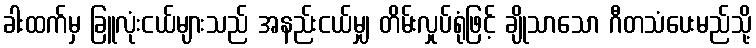
ခါးထက်မှ ခြူလုံးငယ်များသည် အနည်းငယ်မျှ တိမ်းလှုပ်ရုံဖြင့် ချိုသာသော ဂီတသံပေးမည်သို့